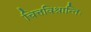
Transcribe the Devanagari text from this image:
चित्तविश्रान्तिः